Report on vaccination in Madras 1895-1903 - 1895-1903
Year: 1895
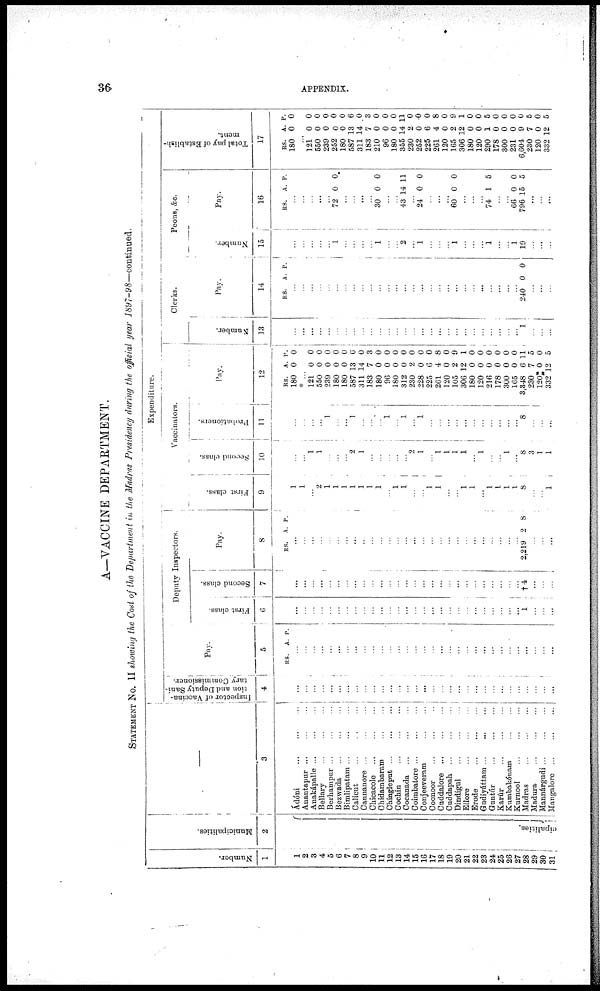
36
APPENDIX.
A—VACCINE DEPARTMENT.
STATEMENT No. II showing the Cost of the Department
in the Madras Presidency during the official year
1897-98—continued.
Number.
1
1
2
3
4
5
6
7
8
9
10
11
12
13
14
15
16
17
18
19
20
21
22
23
24
25
26
27
28
29
30
31
Municipalities.
2
cipalities.
3
Ádóni...
...
...
Anantapur...
...
...
Anakápalle...
...
...
Bellary...
...
...
Berhampur...
...
...
Bezwada... ... ...
Bimlipatam...
...
...
Calicut...
...
...
Cannanore...
...
...
Chicacole...
...
...
Chidambaram...
...
Chingleput...
...
...
Cochin...
...
...
Cocanada... ... ...
Coimbatore...
...
...
Conjeereram
Coonoor...
...
...
Cuddalore...
...
...
Cuddapah...
...
...
Dindigul...
...
...
Ellore...
...
...
Erode...
...
...
Gudiyáttam...
...
...
Guntúr...
...
...
Karúr... ... ...
Kumbakónam... ...
Kurnool... ... ...
Madras...
...
...
Madura...
...
...
Mannárgudi...
...
...
Mangalore...
...
...
Expenditure.
Inspector of Vaccina-
tion and Deputy Sani-
tary Commissioner.
4
...
...
...
...
...
...
...
...
...
...
...
...
...
...
...
...
...
...
...
...
...
...
...
...
...
...
...
...
...
...
...
Pay.
5
RS. A. P.
...
...
...
...
...
...
...
...
...
...
...
...
...
...
...
...
...
...
...
...
...
...
...
...
...
...
...
...
...
...
...
Deputy Inspectors.
First class.
6
...
...
...
...
...
...
...
...
...
...
...
...
...
...
...
...
...
...
...
...
...
...
...
...
...
...
...
1 ...
...
...
Second class.
7
...
...
...
...
...
...
...
...
...
...
...
...
...
...
...
...
...
...
...
...
...
...
...
...
...
...
...
†4
...
...
...
Pay.
8
RS. A. P.
...
...
...
...
...
...
...
...
...
...
...
...
...
...
...
...
...
...
...
...
...
...
...
...
...
...
... 2,219 2 8
...
...
...
Vaccinators.
First class.
9
1
1
... 2
1
1
1
1
1
1
1
...
1
1
...
...
1
1
...
... l
1
...
1
1
1
1
8
...
...
1
Second class.
10
...
...
1
1
...
...
...
2
1
...
...
...
...
...
2
1
...
1
1
1
l
...
1
...
...
l
...
8
3
1
1
Probationers.
11
...
...
...
... 1
...
...
1
...
...
...
1
... 1
...
1
...
...
...
...
...
...
...
...
...
...
...
8
...
1
...
Pay.
12
RS.
180
...
121
550
239
180
180
587
311
183
180
96
180
312
230
228
225
261
120
105
306
180
120
216
178
300
165
3,348
230
120
332
A.
0
...
0
0
0
0
0
13
14
7
0
0
0
0
2
0
6
4
0
2
12
0
0
0
0
0
0
6
7
0
12
P.
0
...
0
0
0
0
0
6
0
3
0
0
0
0
0
0
0
8
0
9
1
0
0 0
0
0
0
11
5
0
5
Clerks.
Number.
13
...
...
...
...
...
...
...
...
...
...
...
...
...
...
...
...
...
...
...
...
...
...
...
...
...
...
...
1
...
...
...
Pay.
14
RS. A. P.
...
...
...
...
...
...
...
...
...
...
...
...
...
...
...
...
...
...
...
...
...
...
...
...
...
...
...
240 0 0
...
...
...
Peons, &c.
Number.
15
...
...
...
...
...
1
...
...
...
...
1
...
... 2
...
1
...
...
...
1
...
...
...
1
...
...
1
19
...
...
...
Pay.
16
RS.
A. P.
...
...
...
... ...
...
...
72 0 0
...
...
...
...
30 0 0
...
... 43 14 11
...
24 0 0
...
...
...
60 0 0
...
...
...
74 1 5
...
...
66
796
0
15
0
5
...
...
...
Total pay of Establish-
ment.
17
RS.
180
A.
0
P.
0
...
121
550
239
252
180
587
311
183
210
96
180
355
230
252
225
261
120
165
306
180
120
290
178
300
231
6,604
230
120
332
0
0
0
0
0
13
14
7
0
0
0
14
2
0
6
4
0
2
12
0
0
1
0
0
0
9
7
0
12
0
0
0
0
0
6
0
3
0
0
0
11
0
0
0
8
0
9
1
0
0
5
0
0
0
0
5
0
5